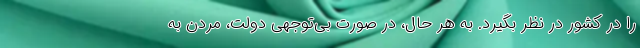
را در کشور در نظر بگیرد. به هر حال، در صورت بی‌توجهی دولت، مُردن به